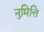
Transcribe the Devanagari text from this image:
नुमित्ति